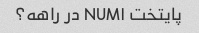
پایتخت NUM۱ در راهه؟